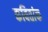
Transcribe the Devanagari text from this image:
कवितांक